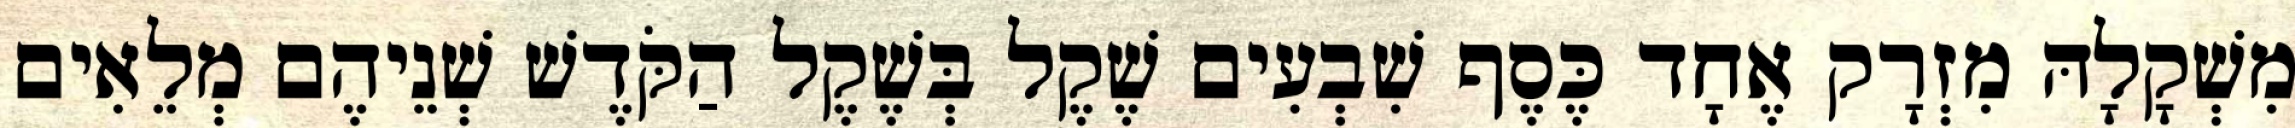
מִשְׁקָלָהּ מִזְרָק אֶחָד כֶּסֶף שִׁבְעִים שֶׁקֶל בְּשֶׁקֶל הַקֹּדֶשׁ שְׁנֵיהֶם מְלֵאִים